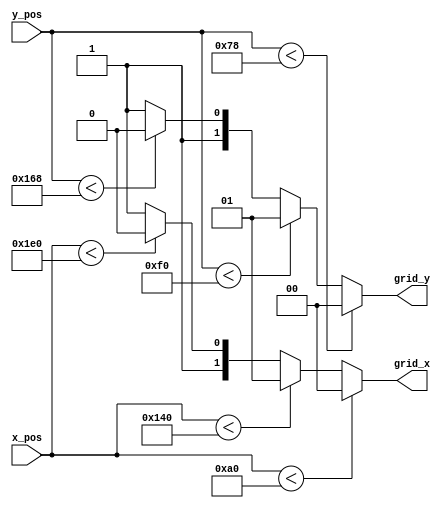
`timescale 1ns / 1ps
//////////////////////////////////////////////////////////////////////////////////
// Company: 
// Engineer: 
// 
// Design Name: 
// Module Name: VGA_grid16
// Project Name: 
// Target Devices: 
// Tool Versions: 
// Description: 
// 
// Dependencies: 
// 
// Revision:
// Revision 0.01 - File Created
// Additional Comments:
// 
//////////////////////////////////////////////////////////////////////////////////


module vga_grid16(
    input [9:0] x_pos,
    input [9:0] y_pos,
    output reg [1:0] grid_x,
    output reg [1:0] grid_y
    );
	
	// Set x_grid positon
	always @(x_pos)
	begin
		if (x_pos < 160)
			grid_x <= 2'b00;
		else if (x_pos < 320)
			grid_x <= 2'b01;
		else if (x_pos < 480)
			grid_x <= 2'b10;
		else //480-639
			grid_x <= 2'b11;
	end
	
	// Set y_grid position
	always @(y_pos)
	begin
		if (y_pos < 120)
			grid_y <= 2'b00;
		else if (y_pos < 240)
			grid_y <= 2'b01;
		else if (y_pos < 360)
			grid_y <= 2'b10;
		else //360-479
			grid_y <= 2'b11;
	end

endmodule